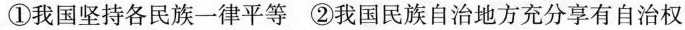
①我国坚持各民族一律平等 ②我国民族自治地方充分享有自治权